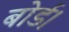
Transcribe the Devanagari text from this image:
बोर्ड।